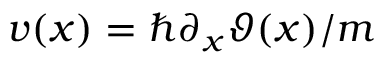
v ( x ) = \hbar \partial _ { x } \vartheta ( x ) / m